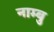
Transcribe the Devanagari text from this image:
नाम्बु